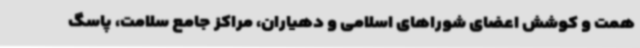
همت و کوشش اعضای شوراهای اسلامی و دهیاران، مراکز جامع سلامت، پاسگ